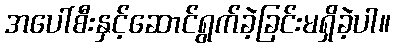
အပေါ်စီးနှင့်ဆောင်ရွက်ခဲ့ခြင်းမရှိခဲ့ပါ။